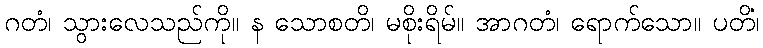
ဂတံ၊ သွားလေသည်ကို။ န သောစတိ၊ မစိုးရိမ်။ အာဂတံ၊ ရောက်သော။ ပတိံ၊